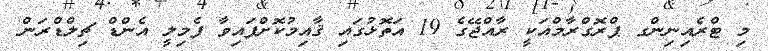
މި ޓްރެއިނިންގ ޕްރޮގްރާމްއަކީ ރާއްޖޭގެ 19 އަތޮޅުގައި ޤާއިމުކޮށްފައިވާ ފެމިލީ އެންޑް ޗިލްޑްރަން